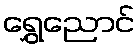
ရွှေညောင်